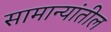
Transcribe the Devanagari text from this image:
सामान्यांतील